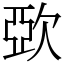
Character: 㰳